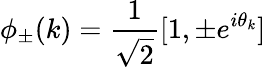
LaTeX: \phi_{\pm}(k)=\frac{1}{\sqrt{2}}[1,\pm e^{i\theta_{k}}]